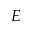
E